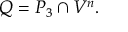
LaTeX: Q = P _ { 3 } \cap V ^ { n } .